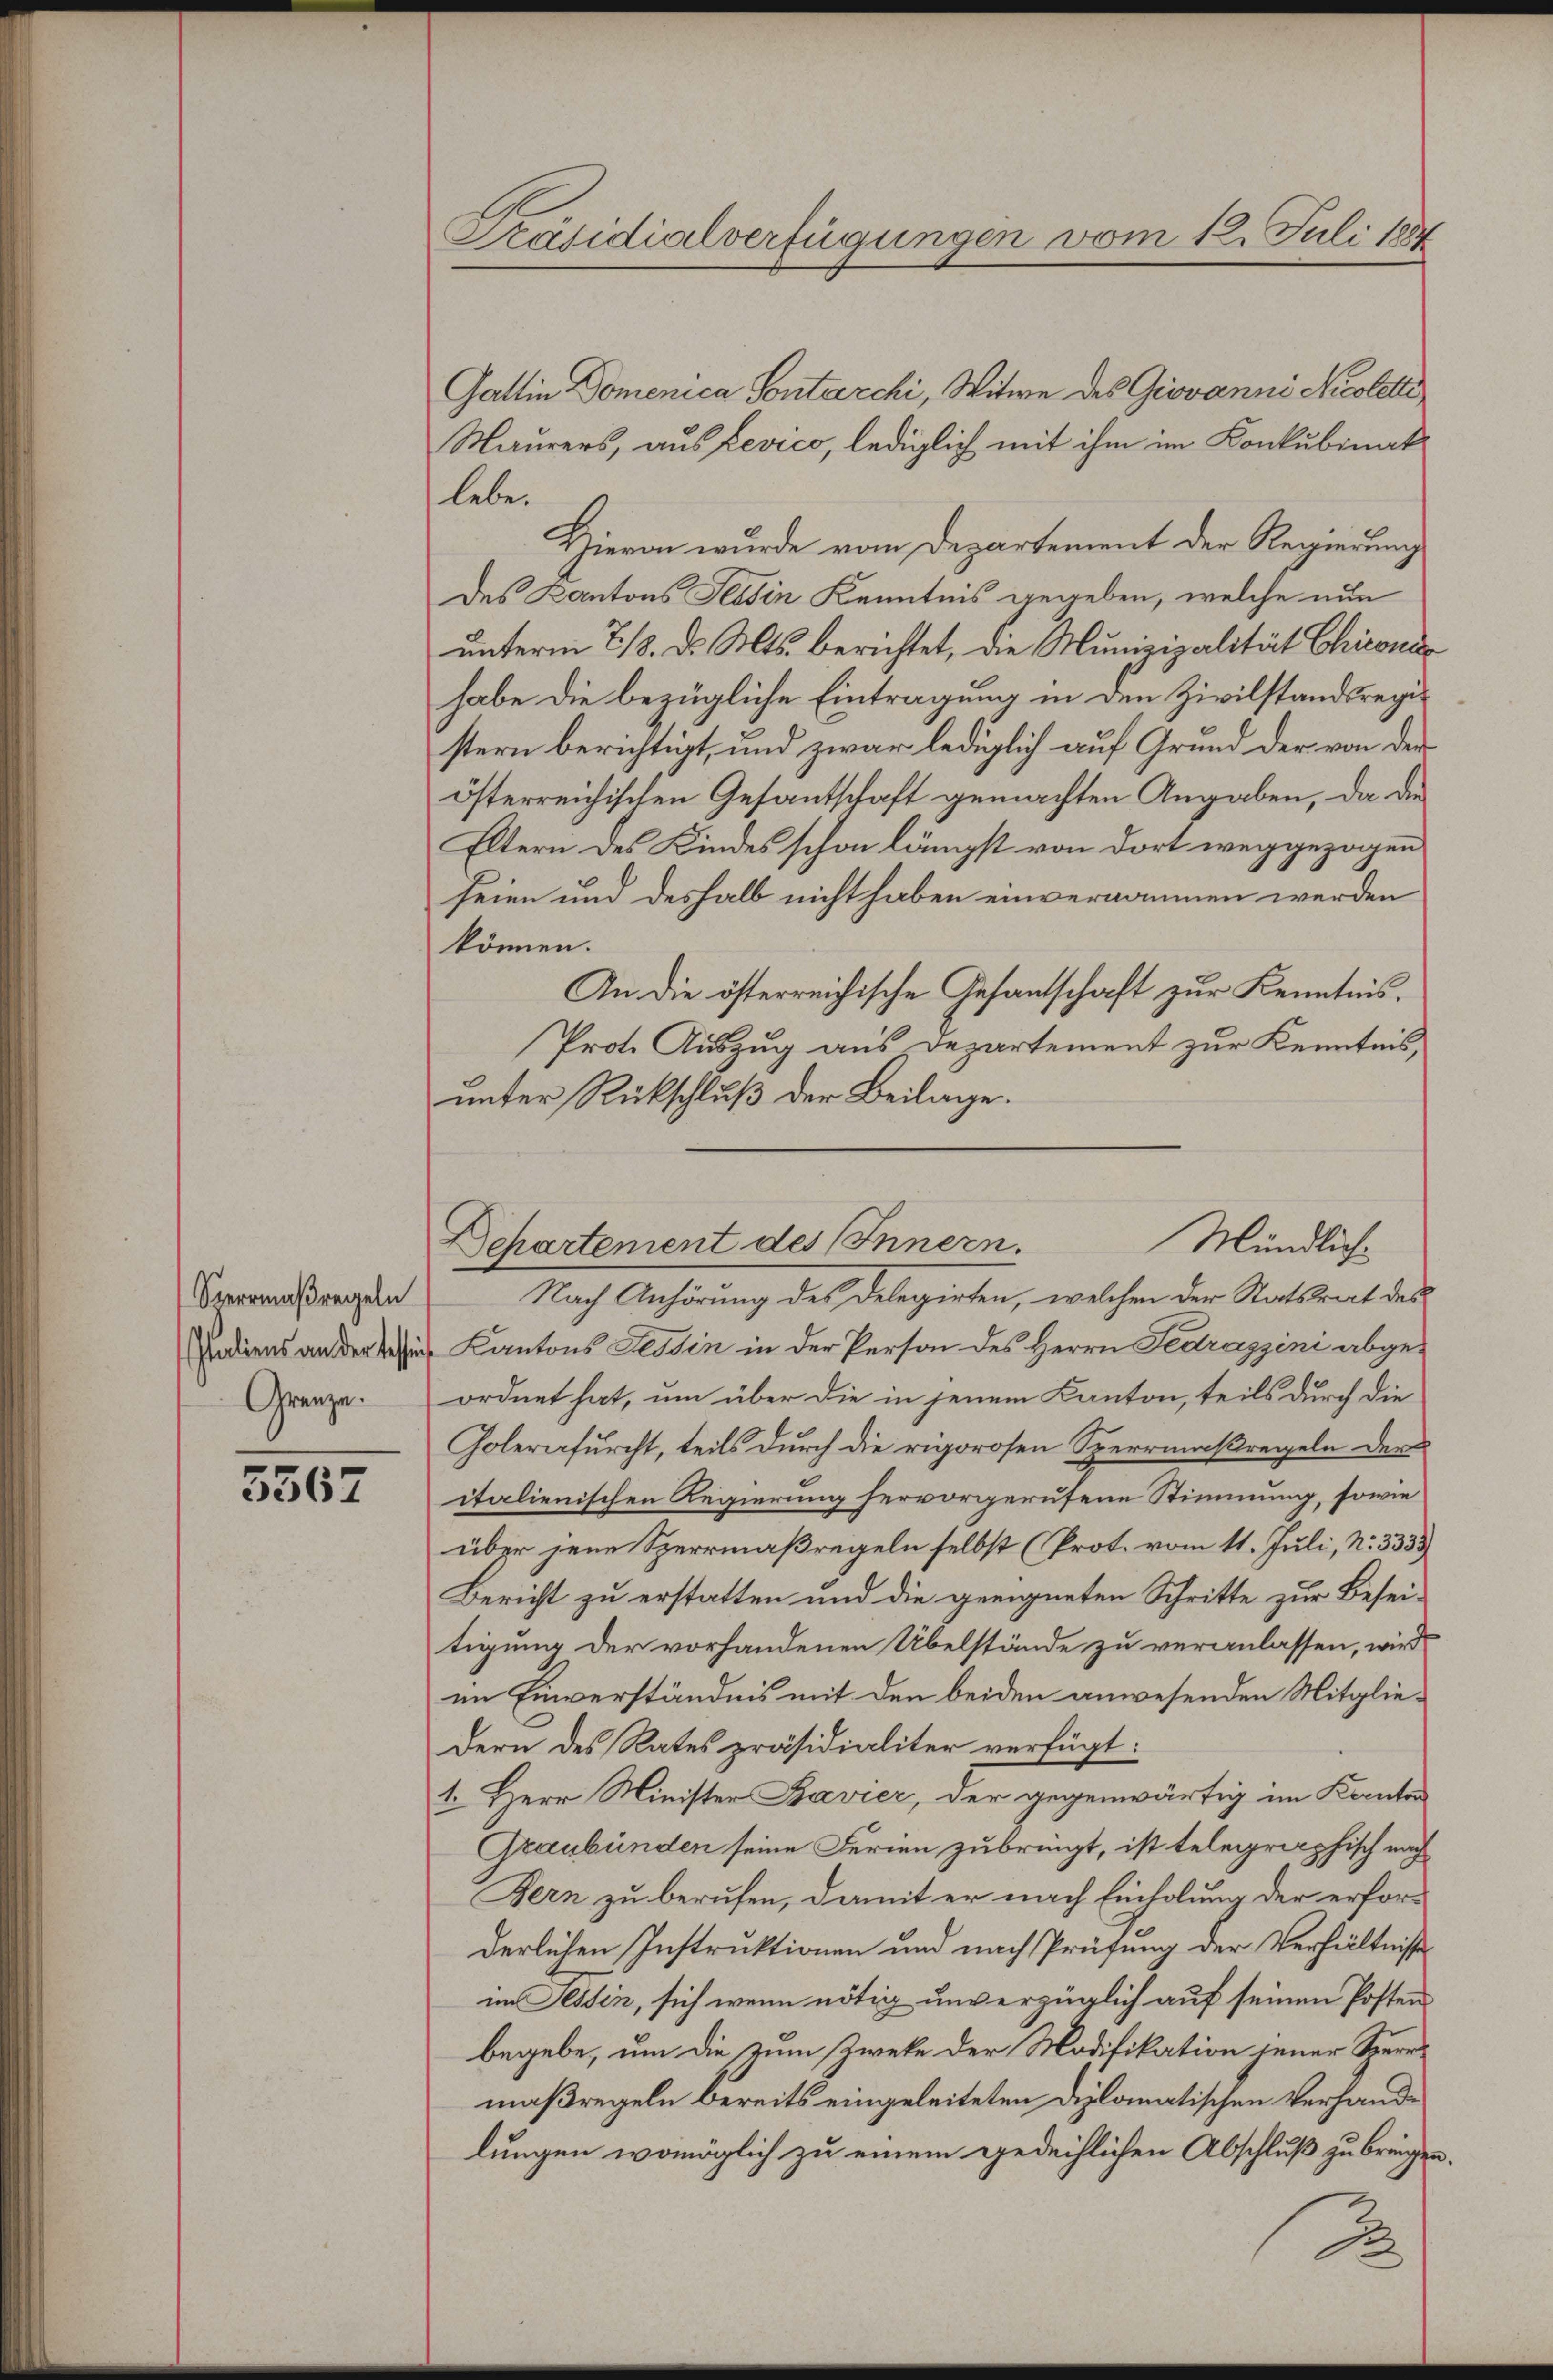
Sperrmaßregeln
taliens an der Tessi
Grenze.

3567

Präsidialverfügungen vom 12. Juli 1884

Gattin Domenica Sontarchi, Witwe des Giovanni Nicoletti
Maurers, aus Levico, lediglich mit ihm im Konkubinat
lebe.
Hievon wurde vom Departement der Regierung
des Kantons Tessin Kenntnis gegeben, welche nun
unterm 2/3. d. Mts. berichtet, die Munizipalität Chironis
habe die bezügliche Eintragung in den Zivilstandsregistern berichtigt, und zwar lediglich auf Grund der von der
österreichischen Gesantschaft gemachten Angaben, da die
Eltern des Kindes schon längst von dort weggezogen
seien und deshalb nicht haben einvernommen werden
können.
An die österreichische Gesantschaft zur Kenntnis.
Prote Auszug aus Departement zur Kenntnis,
unter Rückschluß der Beilage.

Mündlich
Departement des Innern.

Nach Anhörung des Delegirten, welchen der Statstrat des
Kantons Tessin in der Person des Herrn Fedrazzeni abgeordnet hat, um über die in jenem Kanton, teils durch die
Golerafurcht, teils durch die rigorosen Sperrmaßregeln der
italienischen Regierung hervorgerufene Stimmung, sowie
über jene Sperrmaßregeln selbst (Prot. vom 11. Juli, N. 3333
Bericht zu erstatten und die geeigneten Schritte zur Beseitigung der vorhandenen Übelstände zu veranlassen, wird
im Einverständnis mit den beiden anwesenden Mitgliedern des Rates präsidialiter verfügt:
1. Herr Minister Bavier, der gegenwärtig im Kanton
Graubünden seine Ferien zubringt, ist telegraphisch nach
Bern zu berufen, damit er nach Einholung der erforderlichen Instruktionen und nach Prüfung der Verhältnisse
im Tessin, sich wenn nötig unverzüglich auf seinen Posten
begebe, um die zum Zweke der Modifikation jener Sperrmaßregeln bereits eingeleiteten Diplomatischen Verhandlungen womöglich zu einem gedeihlichen Abschluß zu bringen.
2